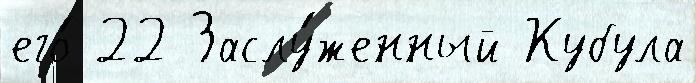
его́ 22 Заслу́женный Кубула